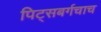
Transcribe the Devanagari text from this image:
पिट्सबर्गचाच